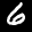
Label: 6